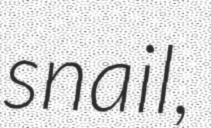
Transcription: snail,